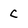
Character: c